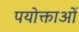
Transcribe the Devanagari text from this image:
पयोक्ताओं